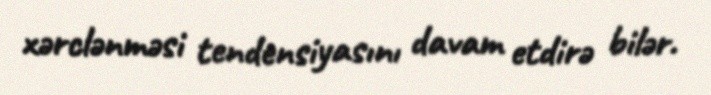
xərclənməsi tendensiyasını davam etdirə bilər.